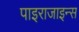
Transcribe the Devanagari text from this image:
पाइराजाइन्स